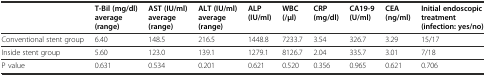
<table><thead><tr><td></td><td><b>T-Bil (mg/dl) average (range)</b></td><td><b>AST (IU/ml) average (range)</b></td><td><b>ALT (IU/ml) average (range)</b></td><td><b>ALP (IU/ml)</b></td><td><b>WBC (/μl)</b></td><td><b>CRP (mg/dl)</b></td><td><b>CA19-9 (U/ml)</b></td><td><b>CEA (ng/ml)</b></td><td><b>Initial endoscopic treatment (infection: yes/no)</b></td></tr></thead><tbody><tr><td>Conventional stent group</td><td>6.40</td><td>148.5</td><td>216.5</td><td>1448.8</td><td>7233.7</td><td>3.54</td><td>326.7</td><td>3.29</td><td>15/17</td></tr><tr><td>Inside stent group</td><td>5.60</td><td>123.0</td><td>139.1</td><td>1279.1</td><td>8126.7</td><td>2.04</td><td>335.7</td><td>3.01</td><td>7/18</td></tr><tr><td>P value</td><td>0.631</td><td>0.534</td><td>0.201</td><td>0.621</td><td>0.520</td><td>0.356</td><td>0.965</td><td>0.621</td><td>0.706</td></tr></tbody></table>